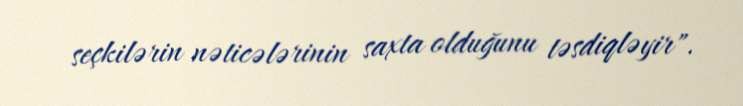
seçkilərin nəticələrinin saxta olduğunu təsdiqləyir".